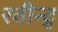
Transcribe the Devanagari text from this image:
रवीन्द्र्